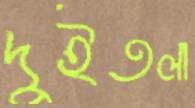
দুইতলা